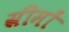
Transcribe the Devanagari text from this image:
स्रीमों